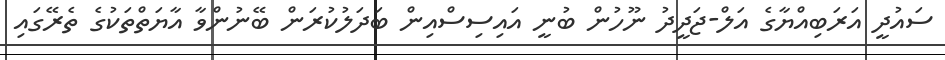
ސައުދީ އަރަބިއްޔާގެ އަލް-ޖަދީދު ނޫހުން ބުނީ އައިސިސްއިން ބަދަލުކުރަން ބޭނުންވާ އާޔަތްތަކުގެ ތެރޭގައި